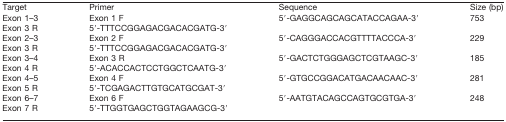
| Target | Primer | Sequence | Size (bp) |
 | --- | --- | --- | --- |
 | Exon 1–3 | Exon 1 F | 5′-GAGGCAGCAGCATACCAGAA-3′ | 753 |
 | Exon 3 R | 5′-TTTCCGGAGACGACACGATG-3′ |
 | Exon 2–3 | Exon 2 F | 5′-CAGGGACCACGTTTTACCCA-3′ | 229 |
 | Exon 3 R | 5′-TTTCCGGAGACGACACGATG-3′ |
 | Exon 3–4 | Exon 3 R | 5′-GACTCTGGGAGCTCGTAAGC-3′ | 185 |
 | Exon 4 R | 5′-ACACCACTCCTGGCTCAATG-3′ |
 | Exon 4–5 | Exon 4 F | 5′-GTGCCGGACATGACAACAAC-3′ | 281 |
 | Exon 5 R | 5′-TCGAGACTTGTGCATGCGAT-3′ |
 | Exon 6–7 | Exon 6 F | 5′-AATGTACAGCCAGTGCGTGA-3′ | 248 |
 | Exon 7 R | 5′-TTGGTGAGCTGGTAGAAGCG-3′ |